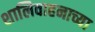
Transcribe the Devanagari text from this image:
शालिवाहनाच्या